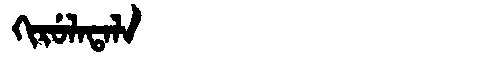
Manchu: ᡴᡳᡵᡠᠯᠠᡨᠠᠯᠠ
Romanization: KIRULATALA